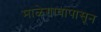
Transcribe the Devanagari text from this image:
माळेगावापासून